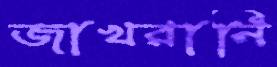
জাখরানি